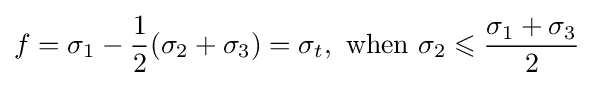
f={\sigma _{1}}-{\frac {1}{2}}({\sigma _{2}}+{\sigma _{3}})={\sigma _{t}},{\text{ when  }}{\sigma _{2}}\leqslant {\frac {{\sigma _{1}}+{\sigma _{3}}}{2}}